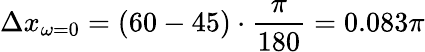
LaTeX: \Delta x_{\omega=0}=(60-45)\cdot\frac{\pi}{180}=0.083\pi